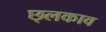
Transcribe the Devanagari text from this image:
छ्लकाव